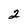
Character: 2